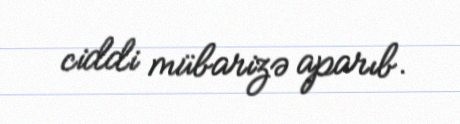
ciddi mübarizə aparıb.